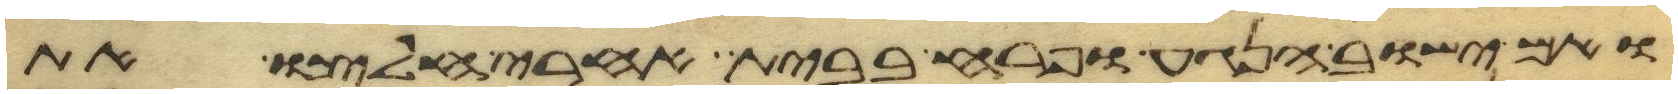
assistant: ואם ישוב הנגע ופרח בבית אחרי חלצו את